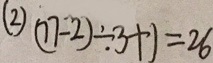
( 2 ) ( 7 7 - 2 ) \div 3 + 1 = 2 6